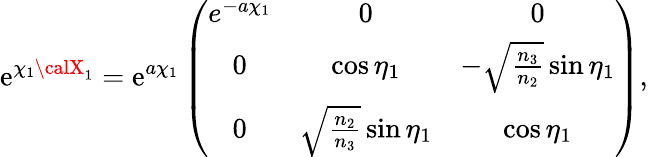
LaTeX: \mathrm{e}^{\chi_{1}{\calX}_{1}}=\mathrm{e}^{a\chi_{1}}\left(\begin{array}{ccc}{{e^{-a\chi_{1}}}}&{{0}}&{{0}}\\ {{0}}&{{\cos{\eta_{1}}}}&{{-\sqrt{\frac{n_{3}}{n_{2}}}\sin{\eta_{1}}}}\\ {{0}}&{{\sqrt{\frac{n_{2}}{n_{3}}}\sin{\eta_{1}}}}&{{\cos{\eta_{1}}}}\end{array}\right),